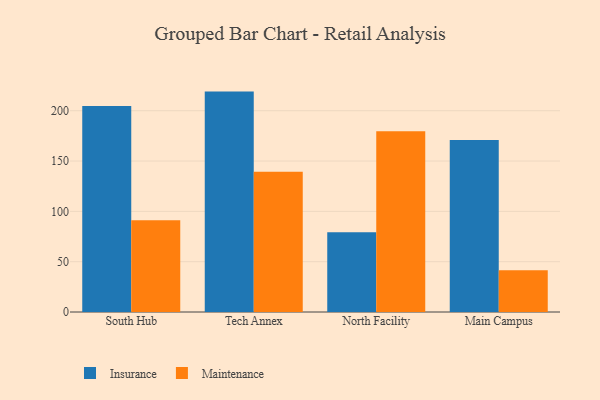
{"axis": {"x": "Campus", "y": "Waste Production (Tons)"}, "legend": ["Insurance", "Maintenance"], "data": [{"x": "South Hub", "y": 204.8, "type": "Insurance"}, {"x": "South Hub", "y": 91.1, "type": "Maintenance"}, {"x": "Tech Annex", "y": 219.0, "type": "Insurance"}, {"x": "Tech Annex", "y": 139.3, "type": "Maintenance"}, {"x": "North Facility", "y": 79.2, "type": "Insurance"}, {"x": "North Facility", "y": 179.7, "type": "Maintenance"}, {"x": "Main Campus", "y": 170.9, "type": "Insurance"}, {"x": "Main Campus", "y": 41.5, "type": "Maintenance"}]}